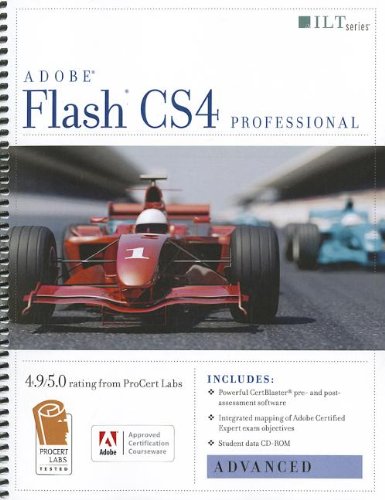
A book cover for Flash Cs4 Professional: Advanced + Certblaster + Data (ILT); Computers & Technology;